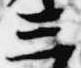
三